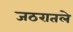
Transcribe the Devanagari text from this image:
जठरातले